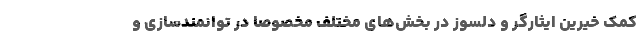
کمک خیرین ایثارگر و دلسوز در بخش‌های مختلف مخصوصا در توانمندسازی و